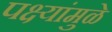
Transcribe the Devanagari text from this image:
पक्ष्यांमुळे